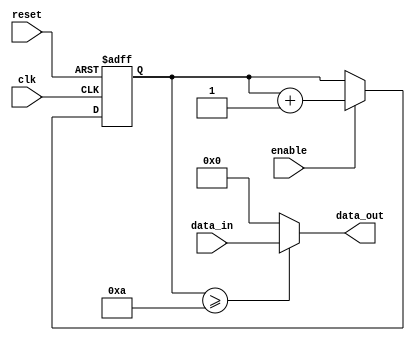
module RC_Delay(
    input wire clk,
    input wire reset,
    input wire enable,
    input wire [7:0] data_in,
    output wire [7:0] data_out
);

reg [7:0] delay_reg = 8'd0;
reg [7:0] delay_value = 8'd10;

always @(posedge clk or posedge reset) begin
    if(reset) begin
        delay_reg <= 8'd0;
    end else begin
        if(enable) begin
            delay_reg <= delay_reg + 8'd1;
        end
    end
end

assign data_out = (delay_reg >= delay_value) ? data_in : 8'd0;

endmodule